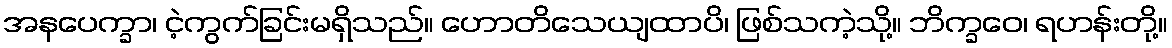
အနပေက္ခာ၊ ငဲ့ကွက်ခြင်းမရှိသည်။ ဟောတိသေယျထာပိ၊ ဖြစ်သကဲ့သို့။ ဘိက္ခဝေ၊ ရဟန်းတို့။